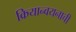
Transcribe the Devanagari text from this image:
क्रियान्वयनाची